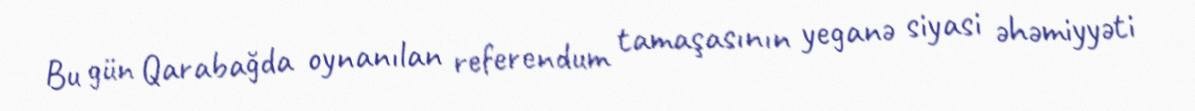
Bu gün Qarabağda oynanılan referendum tamaşasının yeganə siyasi əhəmiyyəti